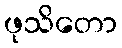
ဖုသိတော